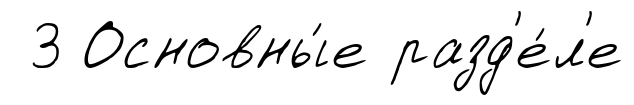
3 Основны́е разд'е́л'е